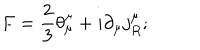
LaTeX: F = \frac { 2 } { 3 } \theta _ { \mu } ^ { \mu } + i \partial _ { \mu } j _ { R } ^ { \mu } ;